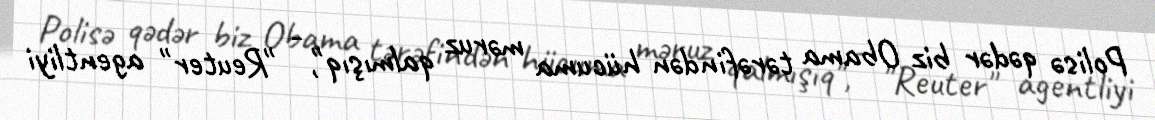
Polisə qədər biz Obama tərəfindən hücuma məruz qalmışıq", - "Reuter" agentliyi